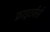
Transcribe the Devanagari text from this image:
फ्राइटर्नर्स